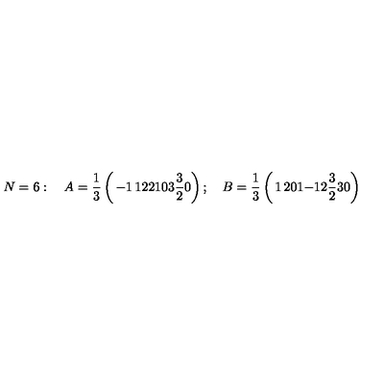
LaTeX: N = 6 : \quad A = { \frac { 1 } { 3 } } \left( \begin{matrix} { - 1 } & { 1 } & { 2 } \\ { 2 } & { 1 } & { 0 } \\ { 3 } & { { \frac { 3 } { 2 } } } & { 0 } \\ \end{matrix} \right) ; \quad B = { \frac { 1 } { 3 } } \left( \begin{matrix} { 1 } & { 2 } & { 0 } \\ { 1 } & { - 1 } & { 2 } \\ { { \frac { 3 } { 2 } } } & { 3 } & { 0 } \\ \end{matrix} \right)